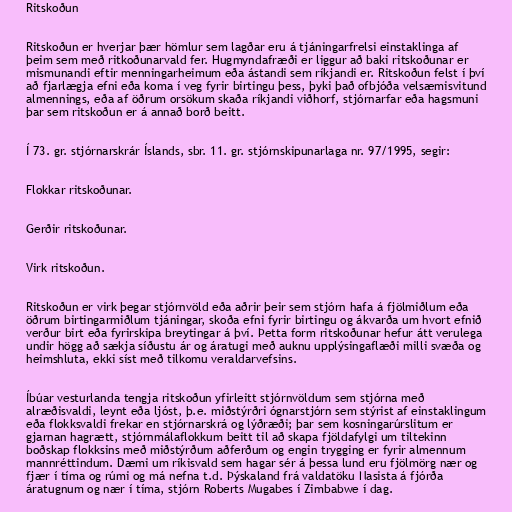
Ritskoðun

Ritskoðun er hverjar þær hömlur sem lagðar eru á tjáningarfrelsi einstaklinga af
þeim sem með ritkoðunarvald fer. Hugmyndafræði er liggur að baki ritskoðunar er
mismunandi eftir menningarheimum eða ástandi sem ríkjandi er. Ritskoðun felst í því
að fjarlægja efni eða koma í veg fyrir birtingu þess, þyki það ofbjóða velsæmisvitund
almennings, eða af öðrum orsökum skaða ríkjandi viðhorf, stjórnarfar eða hagsmuni
þar sem ritskoðun er á annað borð beitt.

Í 73. gr. stjórnarskrár Íslands, sbr. 11. gr. stjórnskipunarlaga nr. 97/1995, segir:

Flokkar ritskoðunar.

Gerðir ritskoðunar.

Virk ritskoðun.

Ritskoðun er virk þegar stjórnvöld eða aðrir þeir sem stjórn hafa á fjölmiðlum eða
öðrum birtingarmiðlum tjáningar, skoða efni fyrir birtingu og ákvarða um hvort efnið
verður birt eða fyrirskipa breytingar á því. Þetta form ritskoðunar hefur átt verulega
undir högg að sækja síðustu ár og áratugi með auknu upplýsingaflæði milli svæða og
heimshluta, ekki síst með tilkomu veraldarvefsins.

Íbúar vesturlanda tengja ritskoðun yfirleitt stjórnvöldum sem stjórna með
alræðisvaldi, leynt eða ljóst, þ.e. miðstýrðri ógnarstjórn sem stýrist af einstaklingum
eða flokksvaldi frekar en stjórnarskrá og lýðræði; þar sem kosningarúrslitum er
gjarnan hagrætt, stjórnmálaflokkum beitt til að skapa fjöldafylgi um tiltekinn
boðskap flokksins með miðstýrðum aðferðum og engin trygging er fyrir almennum
mannréttindum. Dæmi um ríkisvald sem hagar sér á þessa lund eru fjölmörg nær og
fjær í tíma og rúmi og má nefna t.d. Þýskaland frá valdatöku Nasista á fjórða
áratugnum og nær í tíma, stjórn Roberts Mugabes í Zimbabwe í dag.